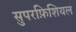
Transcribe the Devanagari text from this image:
सुपरफ़िशियल